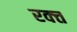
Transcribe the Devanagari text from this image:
रक्त्त